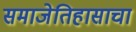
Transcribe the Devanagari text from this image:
समाजेतिहासाचा